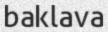
baklava